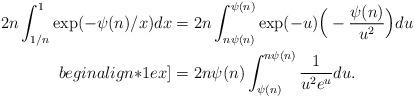
LaTeX: \begin{align*}2n \int_{1/n}^1 \exp(-\psi(n)/x)dx& = 2n \int_{n\psi(n)}^{\psi(n)} \exp(-u) \Big(-\frac{\psi(n)}{u^2}\Big)du \\begin{align*}1ex]& = 2n\psi(n) \int_{\psi(n)}^{n\psi(n)} \frac{1}{u^2e^u}du.\end{align*}